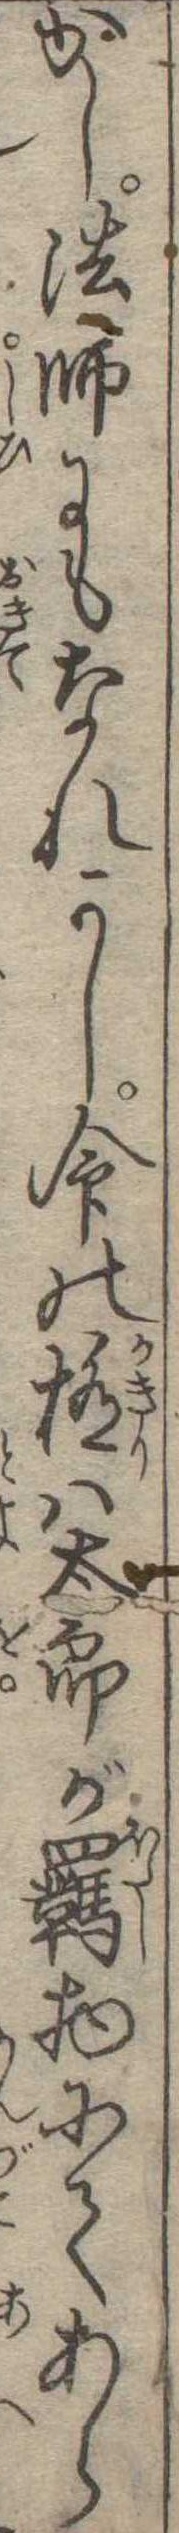
かし法師にもなれかし命の極は太郎が羈物にてあら